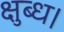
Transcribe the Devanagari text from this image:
क्षुब्ध।